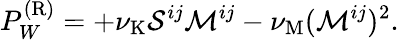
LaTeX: P_{W}^{(\mathrm{{R}})}=+\nu_{\mathrm{{K}}}{\cal{S}}^{ij}{\cal{M}}^{ij}-\nu_{\mathrm{{M}}}({\cal{M}}^{ij})^{2}.